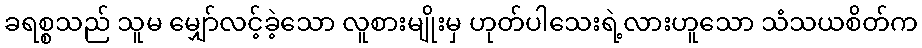
ခရစ္စသည် သူမ မျှော်လင့်ခဲ့သော လူစားမျိုးမှ ဟုတ်ပါသေးရဲ့လားဟူသော သံသယစိတ်က